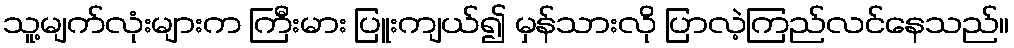
သူ့မျက်လုံးများက ကြီးမား ပြူးကျယ်၍ မှန်သားလို ပြာလဲ့ကြည်လင်နေသည်။